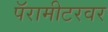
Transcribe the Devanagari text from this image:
पॅरामीटरवर